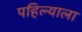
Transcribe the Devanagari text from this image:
पहिल्याला